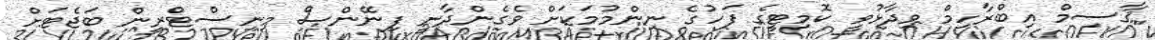
ޤާސިމް އިބްރާހިމް ވިދާޅުވީ ކޮމިޓީގެ ފަހުގެ ނިންމުމަކަށް ވެގެންދާނީ ފިނޭންސް މިނިސްޓްރީން ބަޖެޓަށް